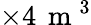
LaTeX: \times 4\, \mathrm{~m~}^{3}